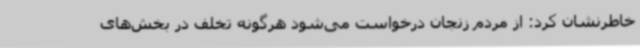
خاطرنشان کرد: از مردم زنجان درخواست می‌شود هرگونه تخلف در بخش‌های